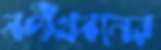
নদীখননের